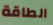
الطاقة